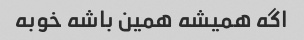
اگه همیشه همین باشه خوبه